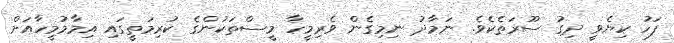
ފަހު ކިޔެވީ ދިގު ސޫރަތެކެވެ. ނަމާދު ނިމިގެން ވެރިމީހާ މީސްތަކުންގެ ކުރިމަތީގައި އިމާމުމީހާއަށް